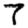
Digit: 7